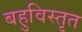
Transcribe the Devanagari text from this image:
बहुविस्तृत